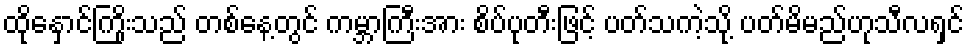
ထိုနှောင်ကြိုးသည် တစ်နေ့တွင် ကမ္ဘာကြီးအား စိပ်ပုတီးဖြင့် ပတ်သကဲ့သို့ ပတ်မိမည်ဟုသီလရှင်